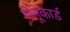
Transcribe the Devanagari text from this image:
मेनूकार्ड